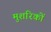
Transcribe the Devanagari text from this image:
मुशरिकों